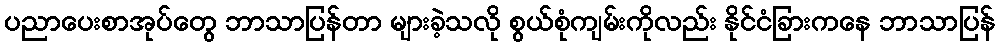
ပညာပေးစာအုပ်တွေ ဘာသာပြန်တာ များခဲ့သလို စွယ်စုံကျမ်းကိုလည်း နိုင်ငံခြားကနေ ဘာသာပြန်